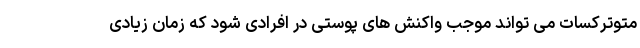
متوترکسات می تواند موجب واکنش های پوستی در افرادی شود که زمان زیادی